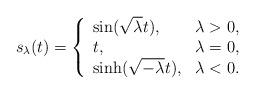
LaTeX: \begin{align*}s_\lambda(t)=\left\{\begin{array}{lc} \sin(\sqrt{\lambda}t), & \lambda>0, \\ t, & \lambda=0, \\ \sinh(\sqrt{-\lambda}t), & \lambda<0. \end{array}\right.\end{align*}